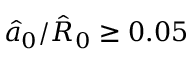
\hat { a } _ { 0 } / \hat { R } _ { 0 } \geq 0 . 0 5